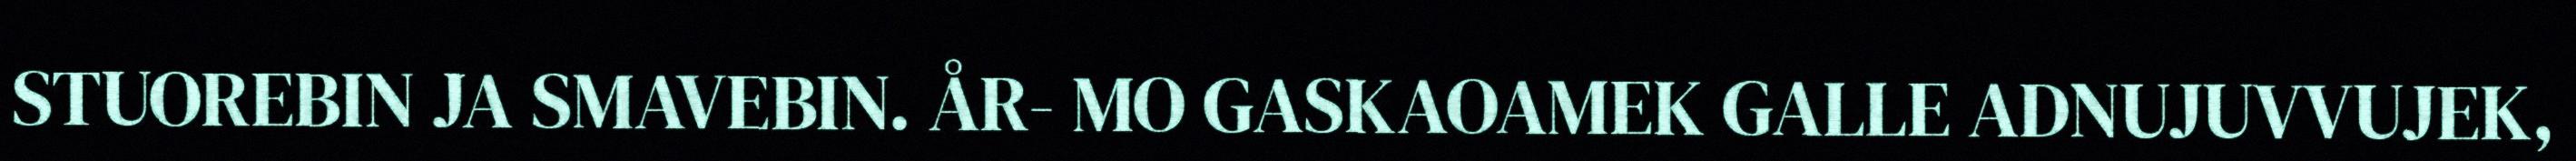
STUOREBIN JA SMAVEBIN. ÅR- MO GASKAOAMEK GALLE ADNUJUVVUJEK,